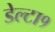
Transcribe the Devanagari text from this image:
डेल्टा१